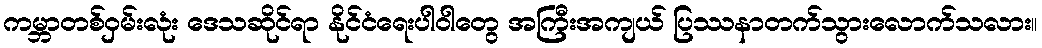
ကမ္ဘာတစ်ဝှမ်းလုံး ဒေသဆိုင်ရာ နိုင်ငံရေးပါဝါတွေ အကြီးအကျယ် ပြဿနာတက်သွားလောက်သလား။